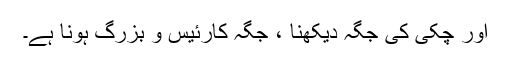
اور چکی کی جگہ دیکھنا ، جگہ کارئیس و بزرگ ہونا ہے۔